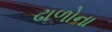
ઢાળોના